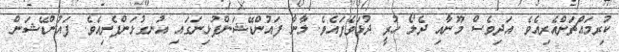
ކުރިމައްޗަށްއެރިއެވެ. އަދިވެސް މޫނާއި ދެލޯ ހުރީ ދުޅަވެފައެވެ. ލާނާ ފައުންޑޭޝަންފުޅިނަގައި އުނގުޅަންފެށިއެވެ. ފައުންޑޭޝަން